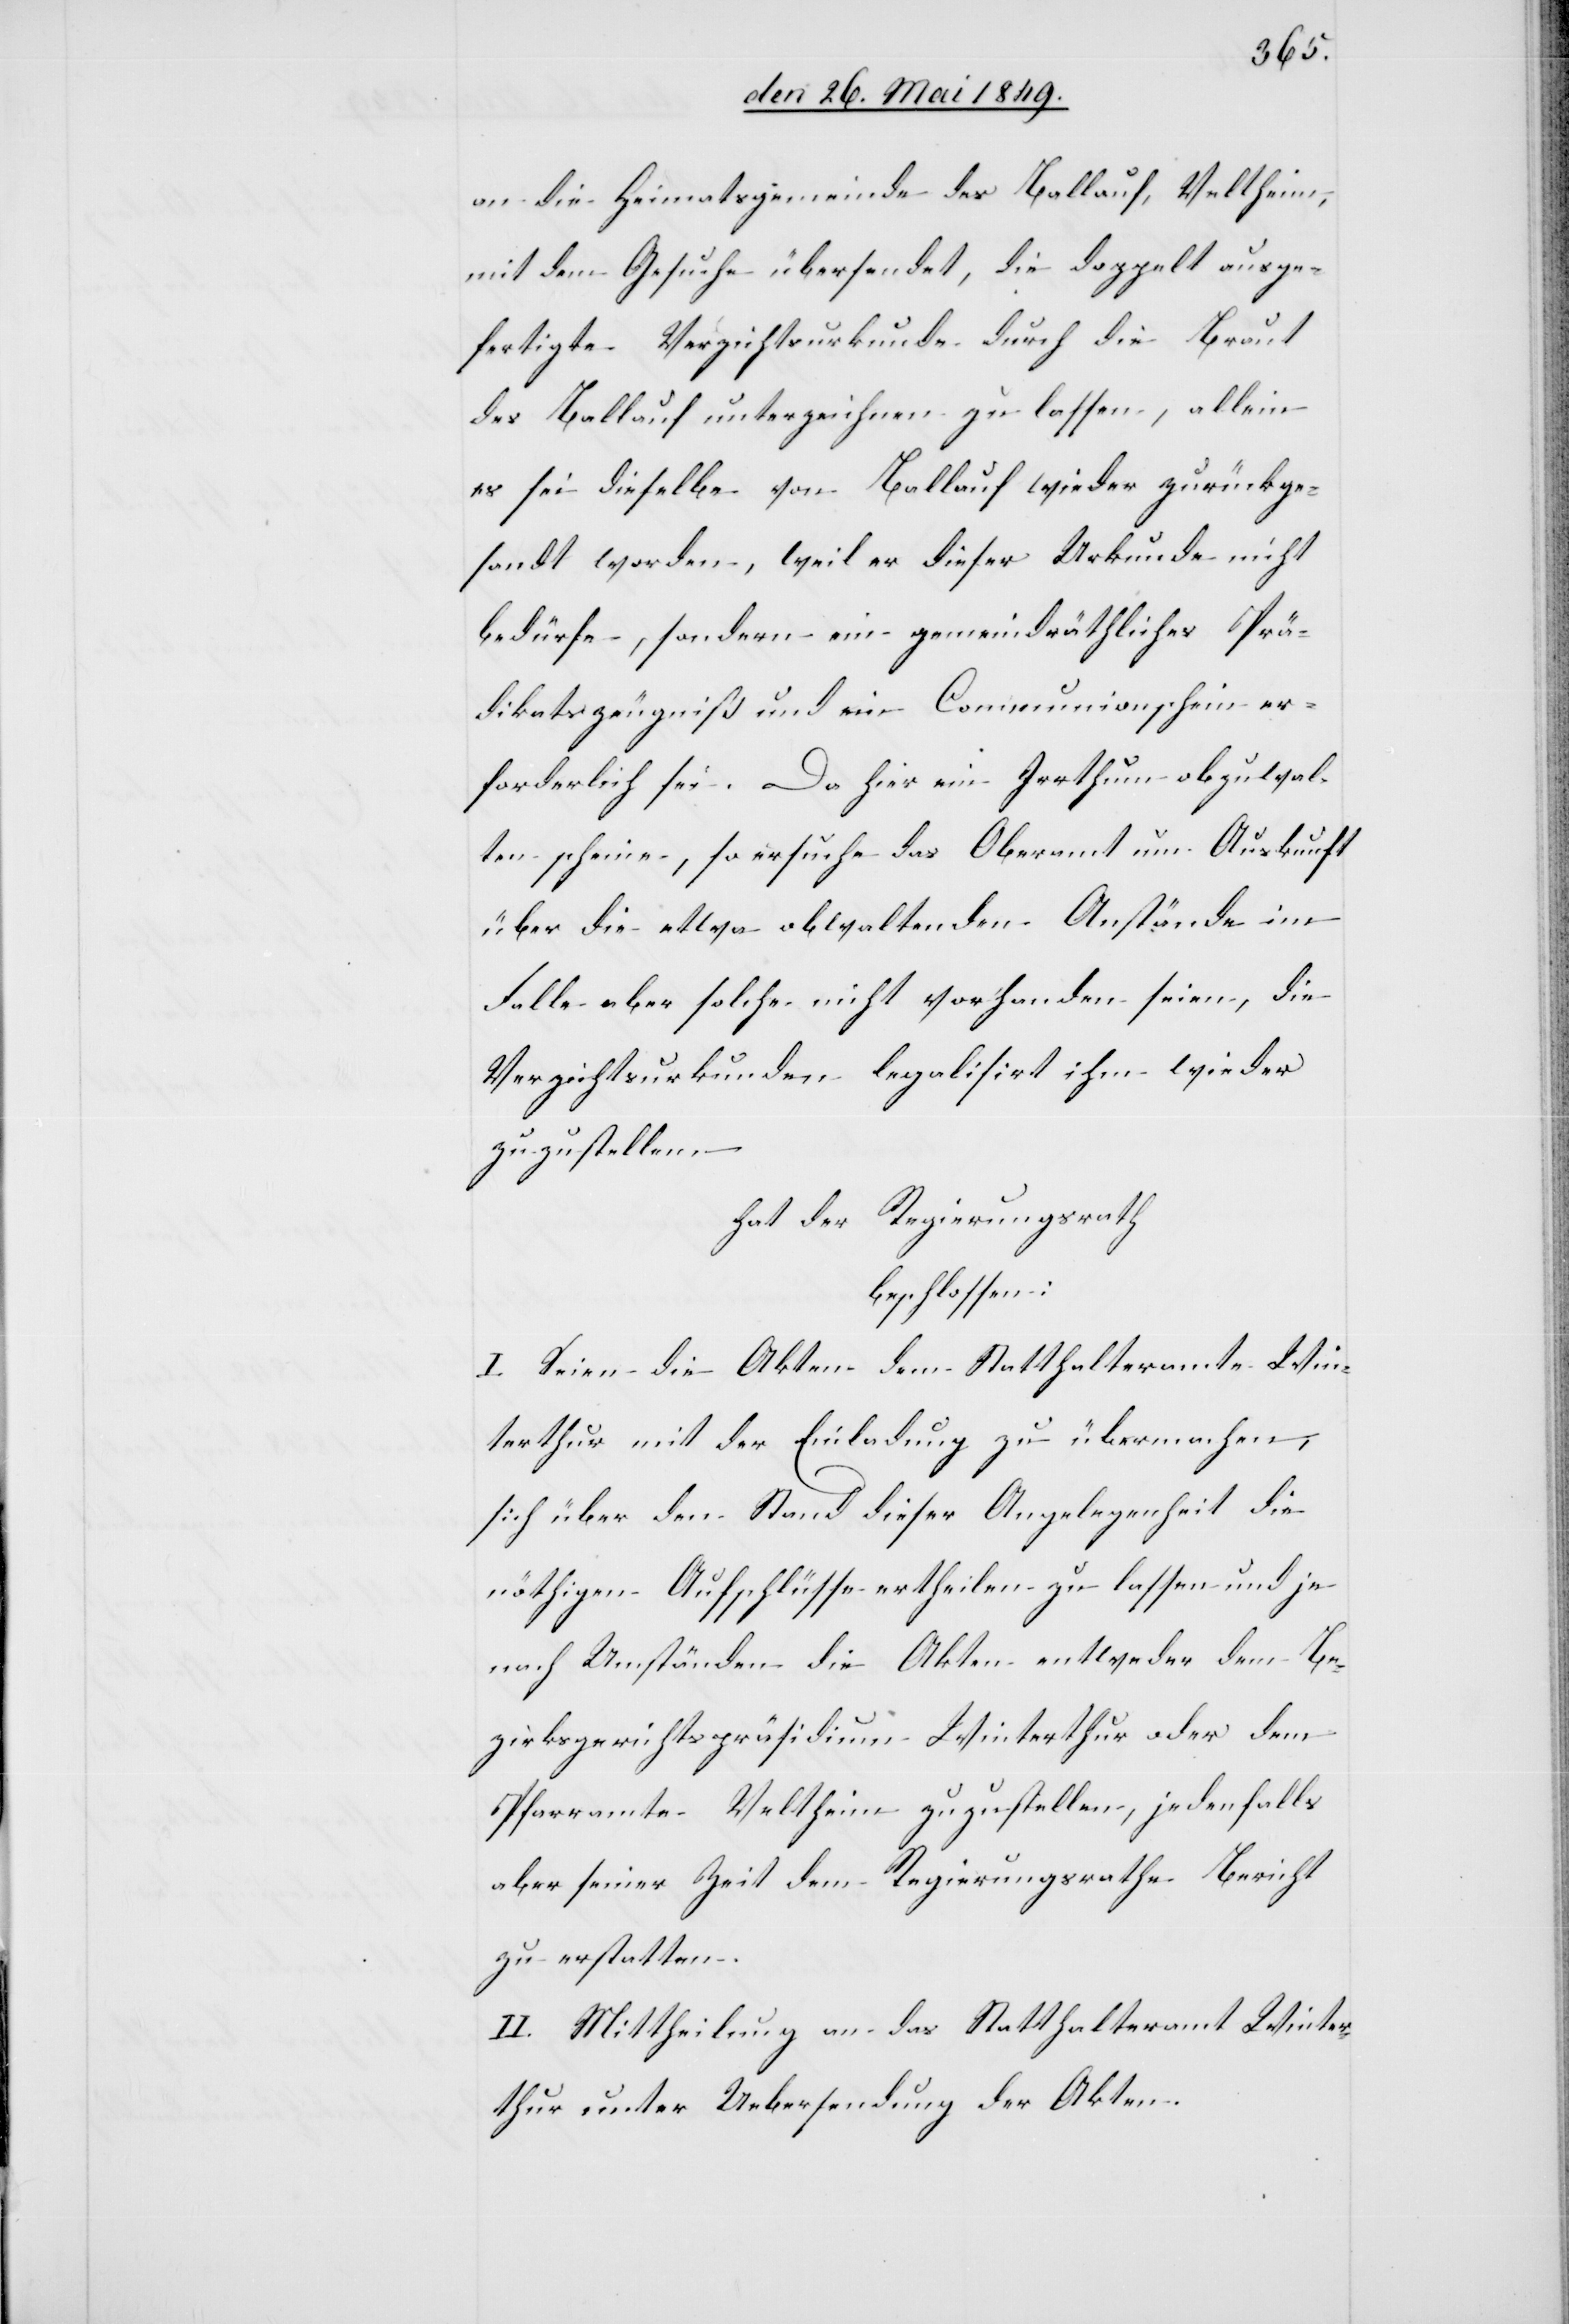
an die Heimatsgemeinde des Ballauf, Veltheim,
mit dem Gesuche übersendet, die doppelt ausge¬
fertigte Verzichtsurkunde durch die Braut
des Ballauf unterzeichnen zu lassen, allein
es sei dieselbe von Ballauf wieder zurückge¬
sandt worden, weil er dieser Urkunde nicht
bedürfe, sondern ein gemeindräthliches Prä¬
dikatszeugniß und ein Communionschein er¬
forderlich sei. Da hier ein Irrthum abzuwal¬
ten scheine, so ersuche das Oberamt um Auskunft
über die etwa obwaltenden Anstände im
Falle aber solche nicht vorhanden seien, die
Verzichtsurkunden legalisirt ihm wieder
zuzustellen.
hat der Regierungsrath
beschlossen:
I. Seien die Akten dem Statthalteramte Win¬
terthur mit der Einladung zu übermachen,
sich über den Stand dieser Angelegenheit die
nöthigen Aufschlüsse ertheilen zu lassen und je
nach Umständen die Akten entweder dem Be¬
zirksgerichtspräsidium Winterthur oder dem
Pfarramte Veltheim zuzustellen, jedenfalls
aber seiner Zeit dem Regierungsrathe Bericht
zu erstatten.
II. Mittheilung an das Statthalteramt Winter¬
thur unter Uebersendung der Akten.